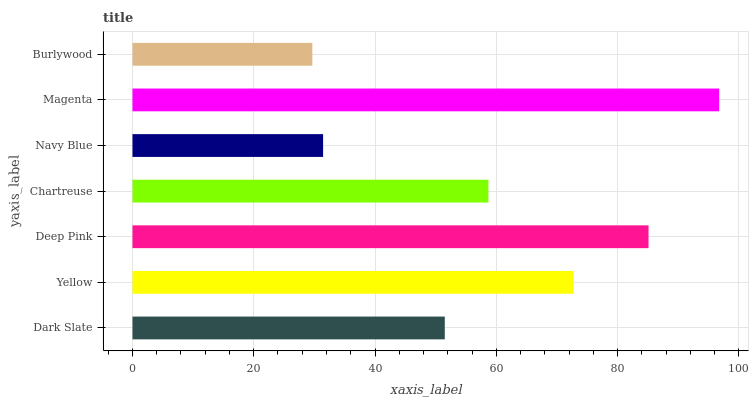
| yaxis_label | bars |
 | --- | --- |
 | Dark Slate | 51.5 |
 | Yellow | 72.7 |
 | Deep Pink | 85.1 |
 | Chartreuse | 58.7 |
 | Navy Blue | 31.4 |
 | Magenta | 96.8 |
 | Burlywood | 29.7 |